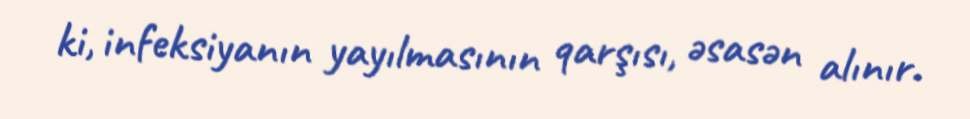
ki, infeksiyanın yayılmasının qarşısı, əsasən alınır.